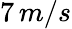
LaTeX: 7\, m/s